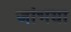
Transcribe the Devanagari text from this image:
जांभया